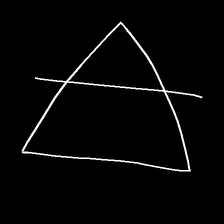
Glyph: empower